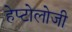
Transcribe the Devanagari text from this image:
हेप्टोलोजी